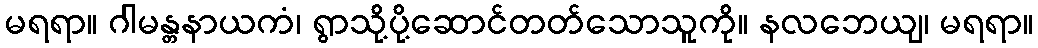
မရရာ။ ဂါမန္တနာယကံ၊ ရွာသို့ပို့ဆောင်တတ်သောသူကို။ နလဘေယျ၊ မရရာ။